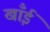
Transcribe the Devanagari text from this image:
खाँईं